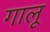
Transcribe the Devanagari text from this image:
गालू